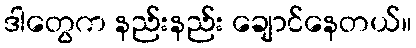
ဒါတွေက နည်းနည်း ချောင်နေတယ်။